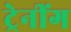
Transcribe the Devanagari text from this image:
ट्रेनींग